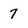
Character: 7